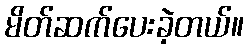
မိတ်ဆက်ပေးခဲ့တယ်။